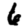
Digit: 6